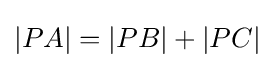
|PA|=|PB|+|PC|